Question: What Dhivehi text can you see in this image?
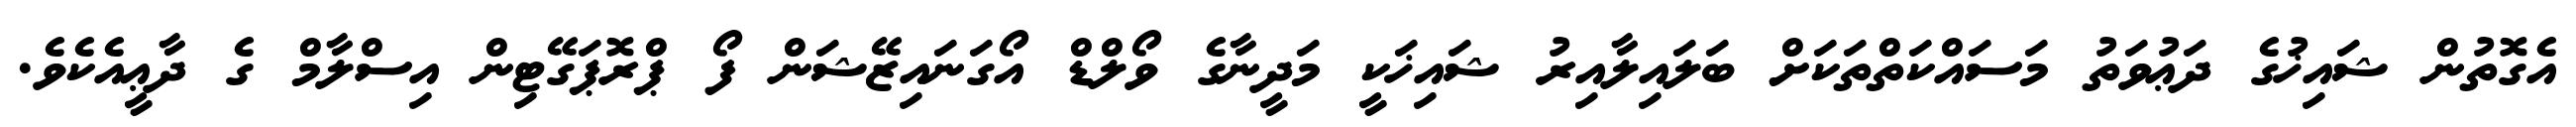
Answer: އެގޮތުން ޝައިޚުގެ ދަޢުވަތު މަސައްކަތްތަކަށް ބަލައިލާއިރު ޝައިޚަކީ މަދީނާގެ ވޯލްޑް އޯގަނައިޒޭޝަން ފޯ ޕްރޮޕަގޭޓިން އިސްލާމް ގެ ދާޢީއެކެވެ.